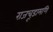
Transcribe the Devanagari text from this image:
राजचूड़ामणि